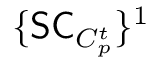
\{ \mathsf { S C } _ { C _ { p } ^ { t } } \} ^ { 1 }